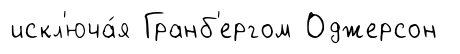
искл'юча́я Гранб'ергом Оджерсон